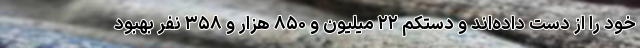
خود را از دست داده‌اند و دستکم ۲۲ میلیون و ۸۵۰ هزار و ۳۵۸ نفر بهبود